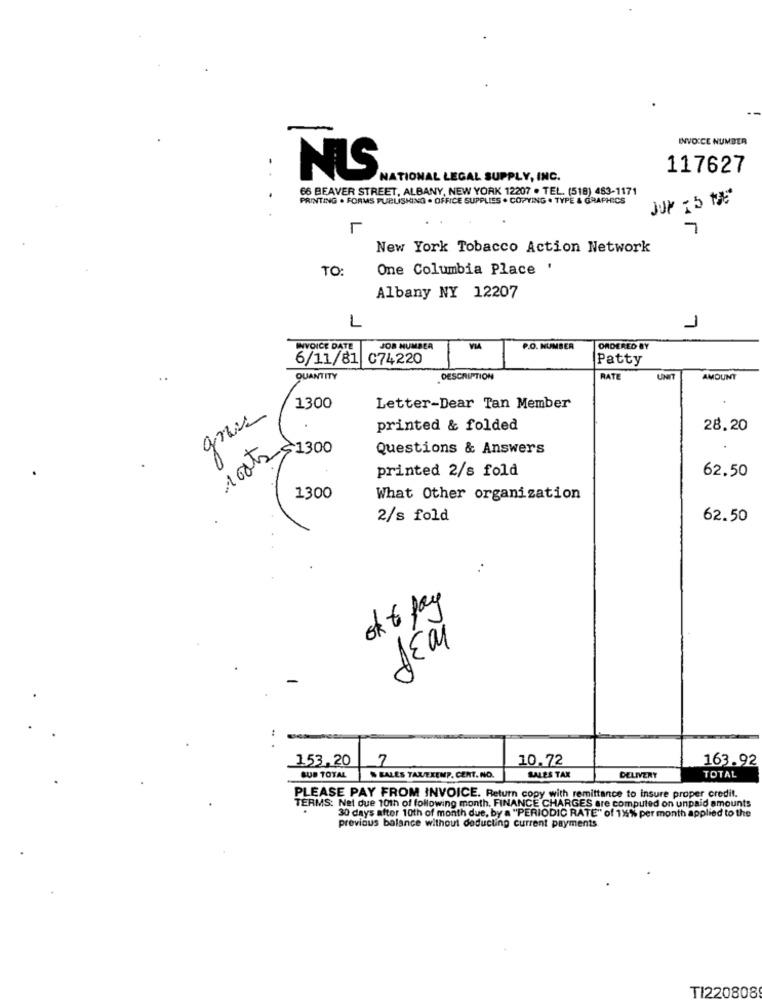
INVOICE NUMBER
117627
NIS
NATIONAL LEGAL SUPPLY, INC.
66 BEAVER STREET, ALBANY, NEW YORK 12207 . TEL. (518) 483-1171
PRINTING . FORMS PUBLISHING . OFFICE SUPPLIES . COPYING . TYPE & GRAPHICS
JUN T5 1*
L
7
New York Tobacco Action Network
TO:
One Columbia Place '
Albany NY 12207
L
1
INVOICE DATE
JOR NUMBER
P.O. NUMBER
ORDERED BY
6/11/81 C74220
Patty
QUANTITY
DESCRIPTION
RATE
UNIT
AMOUNT
1300
Letter-Dear Tan Member
printed & folded
28.20
100ks
$1300
Questions & Answers
printed 2/s fold
62.50
1300
What Other organization
2/s fold
62.50
of to pay
JEal
153,20
7
10.72
163.92
SALES TAX
DELIVERY
TOTAL
SUB TOTAL
SALES TAXEXEMP. CENT. NO.
PLEASE PAY FROM INVOICE. Return copy with remittance to insure proper credit.
TERMS: Net due 10th of following month, FINANCE CHARGES are computed on unpaid amounts
30 days after 10th of month due, by a "PERIODIC RATE" of 115% per month applied to the
previous balance without deducting current payments
TI220808